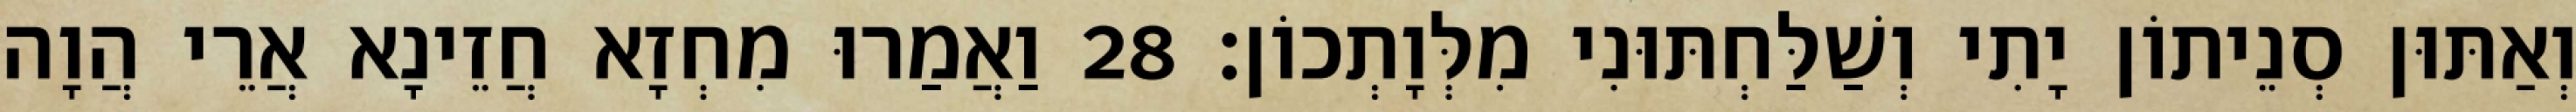
וְאַתּוּן סְנֵיתוֹן יָתִי וְשַׁלַּחְתּוּנִי מִלְּוָתְכוֹן׃ 28 וַאֲמַרוּ מִחְזָא חֲזֵינָא אֲרֵי הֲוָה